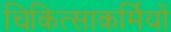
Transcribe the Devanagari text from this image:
चिकित्साकर्मियों